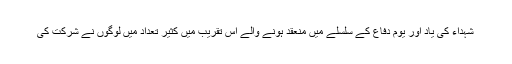
شہداء کی یاد اور یوم دفاع کے سلسلے میں منعقد ہونے والے اس تقریب میں کثیر تعداد میں لوگوں نے شرکت کی